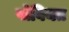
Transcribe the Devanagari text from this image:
पोवियत